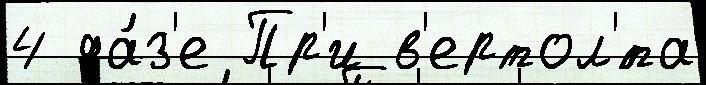
4 фа́з'е Пр'и в'ертол'́та